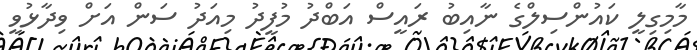
މާމިގިލީ ކައުންސިލްގެ ނާއިބު ރައީސް އަބްދު މުފީދު މިއަދު ސަން އަށް ވިދާޅުވީ